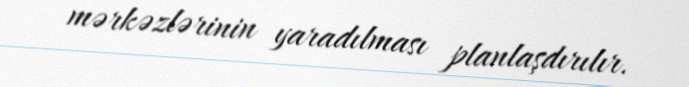
mərkəzlərinin yaradılması planlaşdırılır.